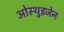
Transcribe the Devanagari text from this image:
ओस्थुइजेन